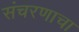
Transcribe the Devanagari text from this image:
संचरणाचा